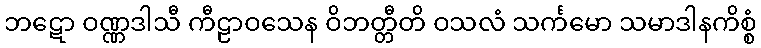
ဘဋော ဝဏ္ဏဒါသီ ကီဠာဝသေန ဝိဘတ္တီတိ ဝသလံ သင်္ကမော သမာဒါနကိစ္စံ